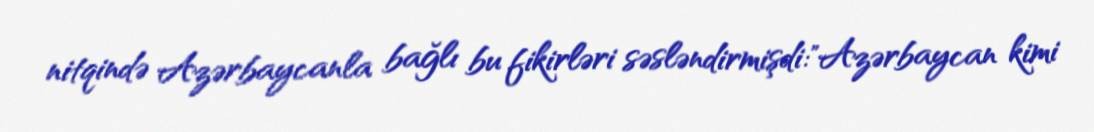
nitqində Azərbaycanla bağlı bu fikirləri səsləndirmişdi:"Azərbaycan kimi